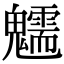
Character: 𩴶